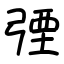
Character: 㢾